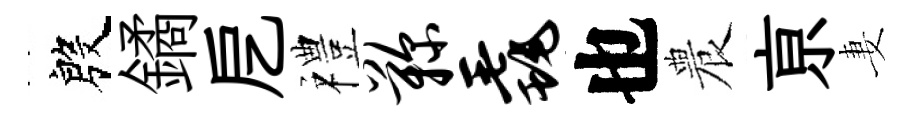
殷鐍戹禮鞠毳也農亰妻